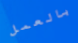
بالعمل